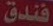
فندق